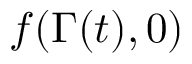
f ( \Gamma ( t ) , 0 )